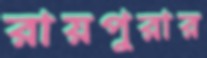
রায়পুরার